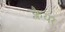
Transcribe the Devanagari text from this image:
क्लैयर